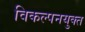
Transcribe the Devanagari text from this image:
विकल्पनयुक्त